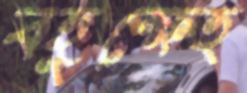
বহুক্ষেত্